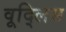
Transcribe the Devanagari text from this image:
वूद्लिस